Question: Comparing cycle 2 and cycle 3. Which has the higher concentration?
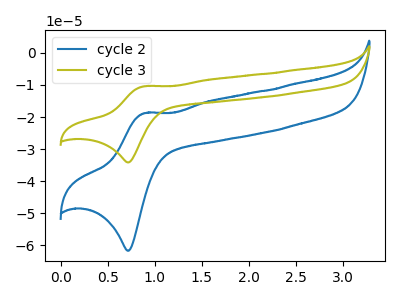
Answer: <think>The blue curve "cycle 2" has an anodic peak at (0.90V, -18.75uA) and a cathodic peak at (0.70V, -61.75uA). The olive curve "cycle 3" has an anodic peak at (0.90V, -10.40uA) and a cathodic peak at (0.70V, -34.15uA).
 All the peaks in "cycle 2" have a peak in "cycle 3" at the same potential.</think>
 <answer>I cant tell if "cycle 2" or "cycle 3" has higher concentration.</answer>
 <eval>mixed_concentration</eval>